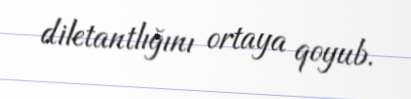
diletantlığını ortaya qoyub.